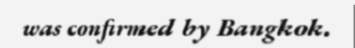
was confirmed by Bangkok.